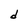
Character: d